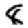
Digit: 8